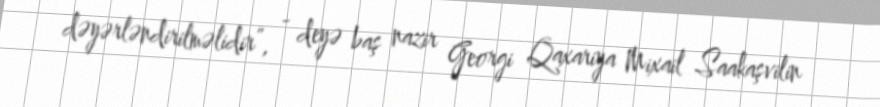
dəyərləndirilməlidir”, - deyə baş nazir Georgi Qaxariya Mixail Saakaşvilin